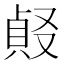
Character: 𠭹